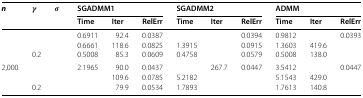
<table><thead><tr><td rowspan="2"><b><i>n</i></b></td><td rowspan="2"><b><i>γ</i></b></td><td rowspan="2"><b><i>σ</i></b></td><td colspan="3"><b>SGADMM1</b></td><td colspan="3"><b>SGADMM2</b></td><td colspan="3"><b>ADMM</b></td></tr><tr><td><b>Time</b></td><td><b>Iter</b></td><td><b>RelErr</b></td><td><b>Time</b></td><td><b>Iter</b></td><td><b>RelErr</b></td><td><b>Time</b></td><td><b>Iter</b></td><td><b>RelErr</b></td></tr></thead><tbody><tr><td rowspan="3">[EMPTY_CELL]</td><td>[EMPTY_CELL]</td><td>[EMPTY_CELL]</td><td>0.6911</td><td>92.4</td><td>0.0387</td><td>[EMPTY_CELL]</td><td>[EMPTY_CELL]</td><td>0.0394</td><td>0.9812</td><td>[EMPTY_CELL]</td><td>0.0393</td></tr><tr><td>[EMPTY_CELL]</td><td>[EMPTY_CELL]</td><td>0.6661</td><td>118.6</td><td>0.0825</td><td>1.3915</td><td>[EMPTY_CELL]</td><td>0.0915</td><td>1.3603</td><td>419.6</td><td>[EMPTY_CELL]</td></tr><tr><td>0.2</td><td>[EMPTY_CELL]</td><td>0.5008</td><td>85.3</td><td>0.0609</td><td>0.4758</td><td>[EMPTY_CELL]</td><td>0.0579</td><td>0.5008</td><td>138.0</td><td>[EMPTY_CELL]</td></tr><tr><td rowspan="3">2,000</td><td>[EMPTY_CELL]</td><td>[EMPTY_CELL]</td><td>2.1965</td><td>90.0</td><td>0.0437</td><td>[EMPTY_CELL]</td><td>267.7</td><td>0.0447</td><td>3.5412</td><td>[EMPTY_CELL]</td><td>0.0447</td></tr><tr><td>[EMPTY_CELL]</td><td>[EMPTY_CELL]</td><td>[EMPTY_CELL]</td><td>109.6</td><td>0.0785</td><td>5.2182</td><td>[EMPTY_CELL]</td><td>[EMPTY_CELL]</td><td>5.1543</td><td>429.0</td><td>[EMPTY_CELL]</td></tr><tr><td>0.2</td><td>[EMPTY_CELL]</td><td>[EMPTY_CELL]</td><td>79.9</td><td>0.0534</td><td>1.7893</td><td>[EMPTY_CELL]</td><td>[EMPTY_CELL]</td><td>1.7613</td><td>140.8</td><td>[EMPTY_CELL]</td></tr></tbody></table>